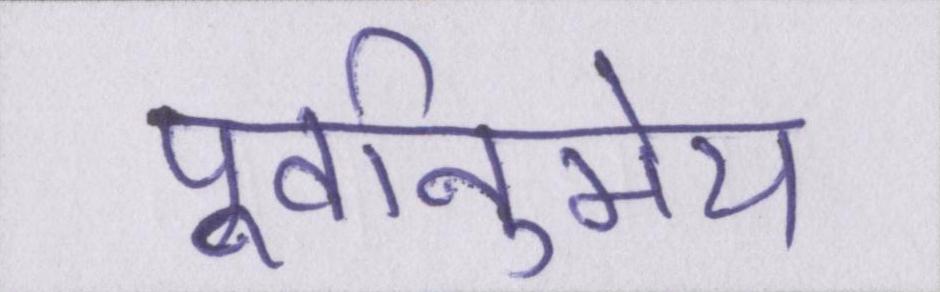
पूर्वानुमेय